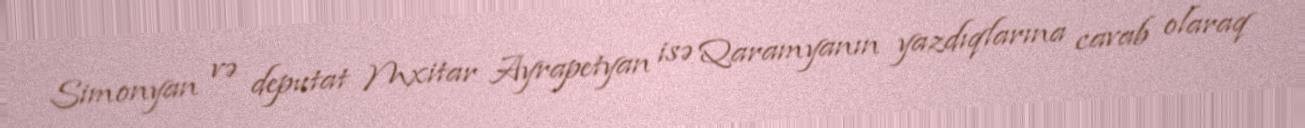
Simonyan və deputat Mxitar Ayrapetyan isə Qaramyanın yazdıqlarına cavab olaraq